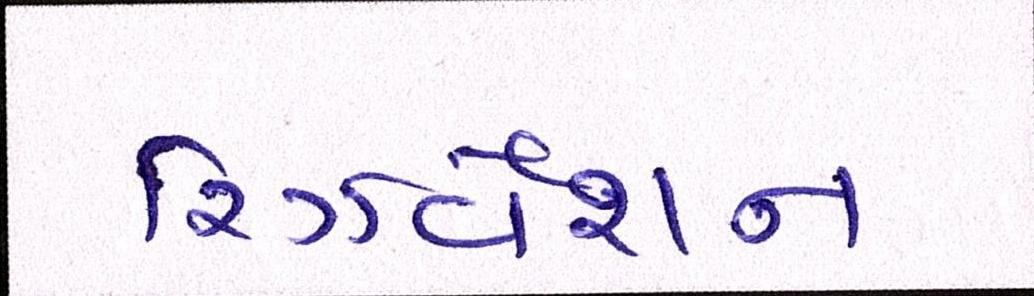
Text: રિઝર્વેશન